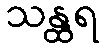
သန္ထရ